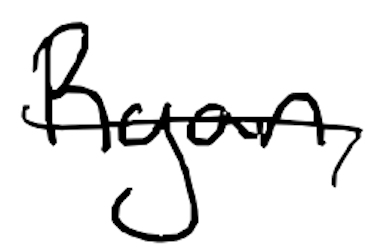
Text: Ryan,
Cross-out: single-line
Writing tool: digital_black